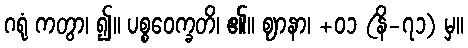
ဂရုံ ကတွာ၊ ၍။ ပစ္စဝေက္ခတိ၊ ၏။ ဈာနာ၊ +၀၁ (နိ-၇၁) မှ။